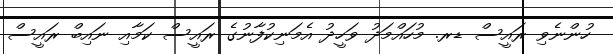
ހުންނެވި ރައީސް ޑރ. މުހައްމަދު ވަހީދު އެމަނިކުފާނުގެ ރައީސް ކަމާއި ނައިބް ރައީސް